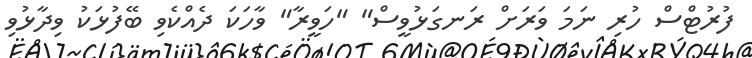
ފުރުޓްސް ހުރި ނަމަ ވަރަށް ރަނގަޅުވީސް" "ހަވީރާ" ވާހަކަ ދެއްކެވި ބޭފުޅަކު ވިދާޅުވި